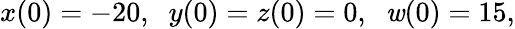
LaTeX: x(0)=-20,\; \; y(0)=z(0)=0,\; \; \mathit{w}(0)=15,